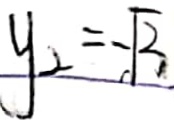
y _ { 2 } = - \sqrt { 2 _ { 1 } }